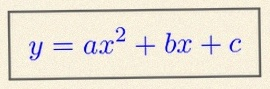
y=ax^2+bx+c